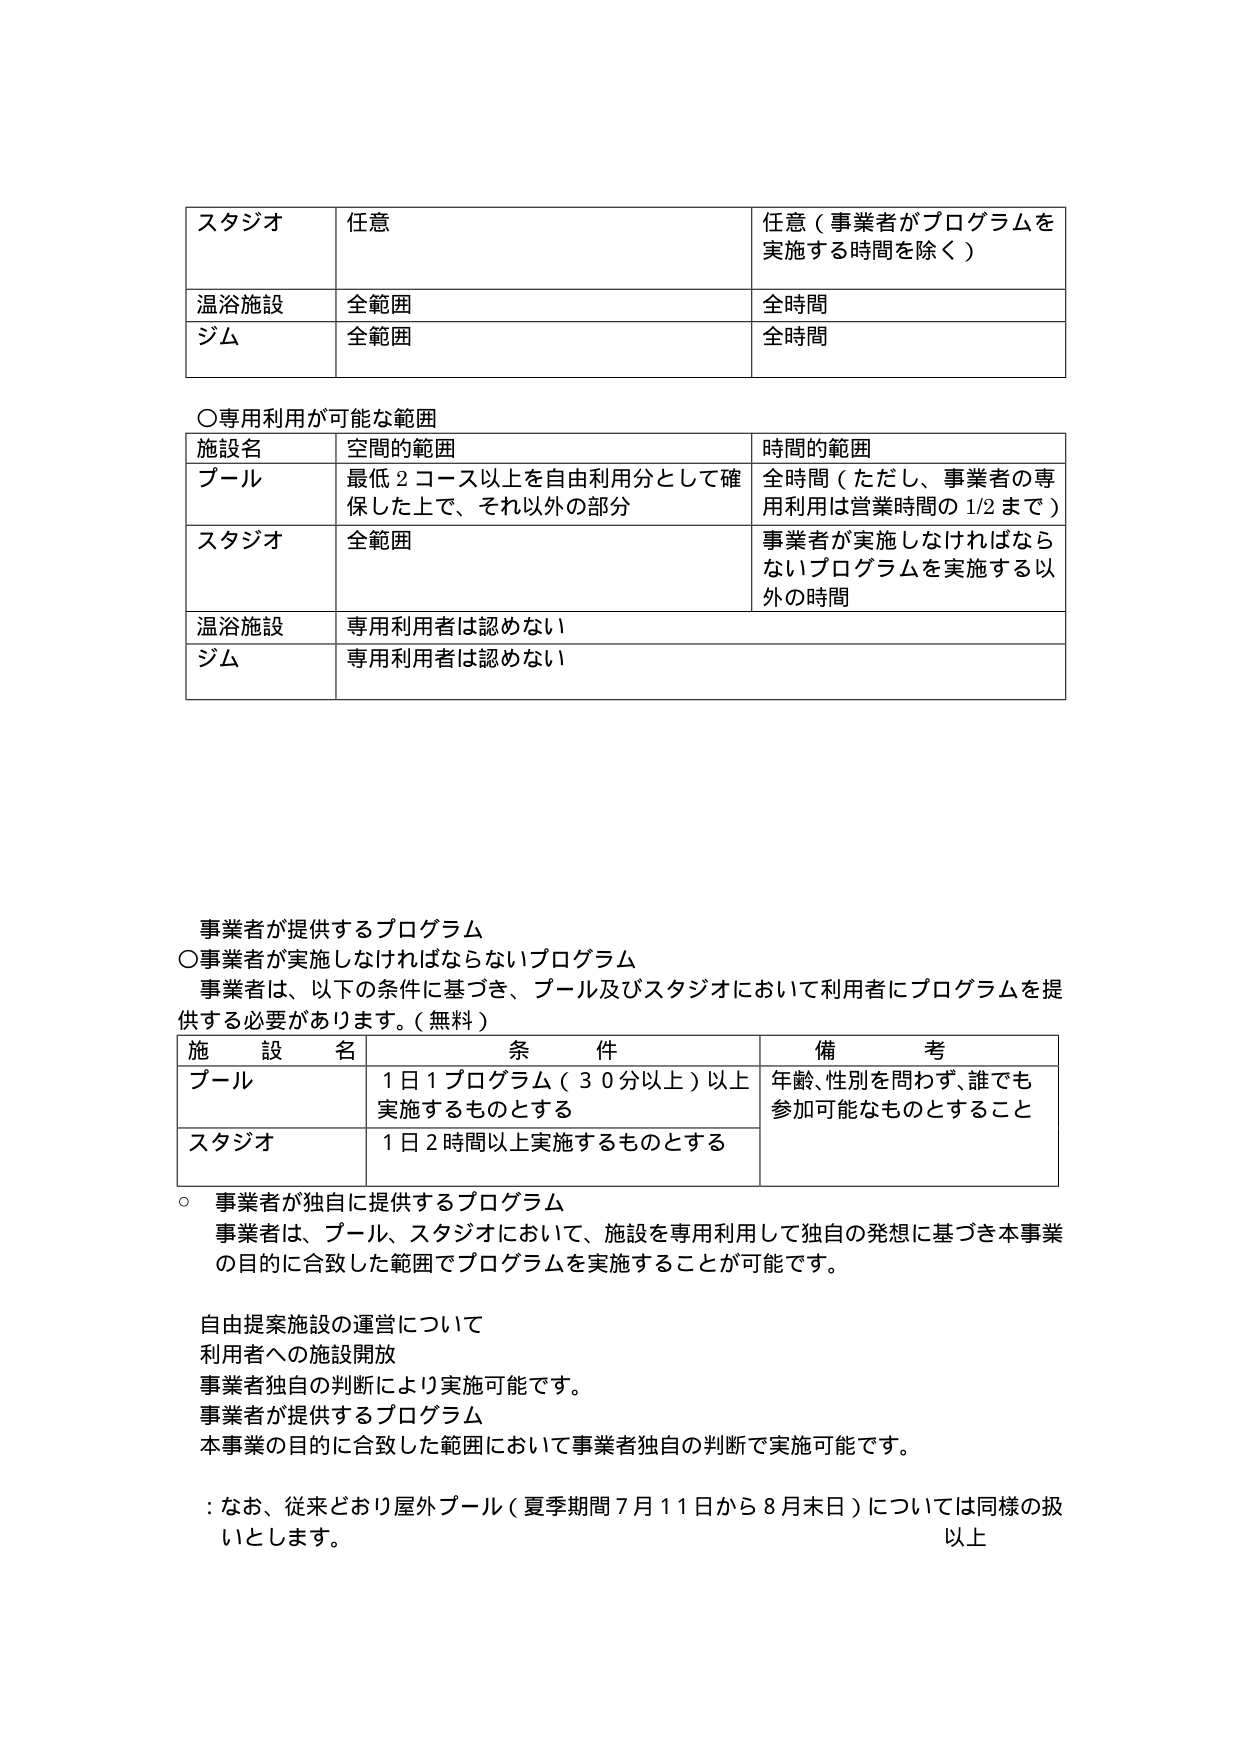
スタジオ 任意 任意（事業者がプログラムを実施する時間を除く）
温浴施設 全範囲 全時間
ジム 全範囲 全時間

○専用利用が可能な範囲
施設名 空間の範囲 時間の範囲
プール 最低2コース以上を自由利用分として確保した上で、それ以外の部分 全時間（ただし、事業者の専用利用は営業時間の1/2まで）
スタジオ 全範囲 事業者が実施しなければならないプログラムを実施する以外の時間
温浴施設 専用利用者は認めない
ジム 専用利用者は認めない

事業者が提供するプログラム
○事業者が実施しなければならないプログラム
事業者は、以下の条件に基づき、プール及びスタジオにおいて利用者にプログラムを提供する必要があります。（無料）
施設名 条件 備考
プール 1日1プログラム（30分以上）以上実施するものとする 年齢、性別を問わず、誰でも参加可能なものとすること
スタジオ 1日2時間以上実施するものとする

○ 事業者が独自に提供するプログラム
事業者は、プール、スタジオにおいて、施設を専用利用して独自の発想に基づき本事業の目的に合致した範囲でプログラムを実施することが可能です。

自由提案施設の運営について
利用者への施設開放
事業者独自の判断により実施可能です。
事業者が提供するプログラム
本事業の目的に合致した範囲において事業者独自の判断で実施可能です。

：なお、従来どおり屋外プール（夏季期間7月11日から8月末日）については同様の扱いとします。以上